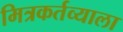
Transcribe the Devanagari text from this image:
मित्रकर्तव्याला